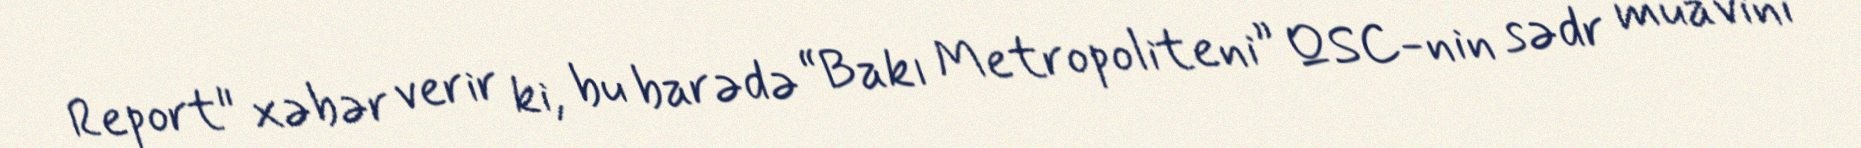
Report" xəbər verir ki, bu barədə “Bakı Metropoliteni” QSC-nin sədr müavini